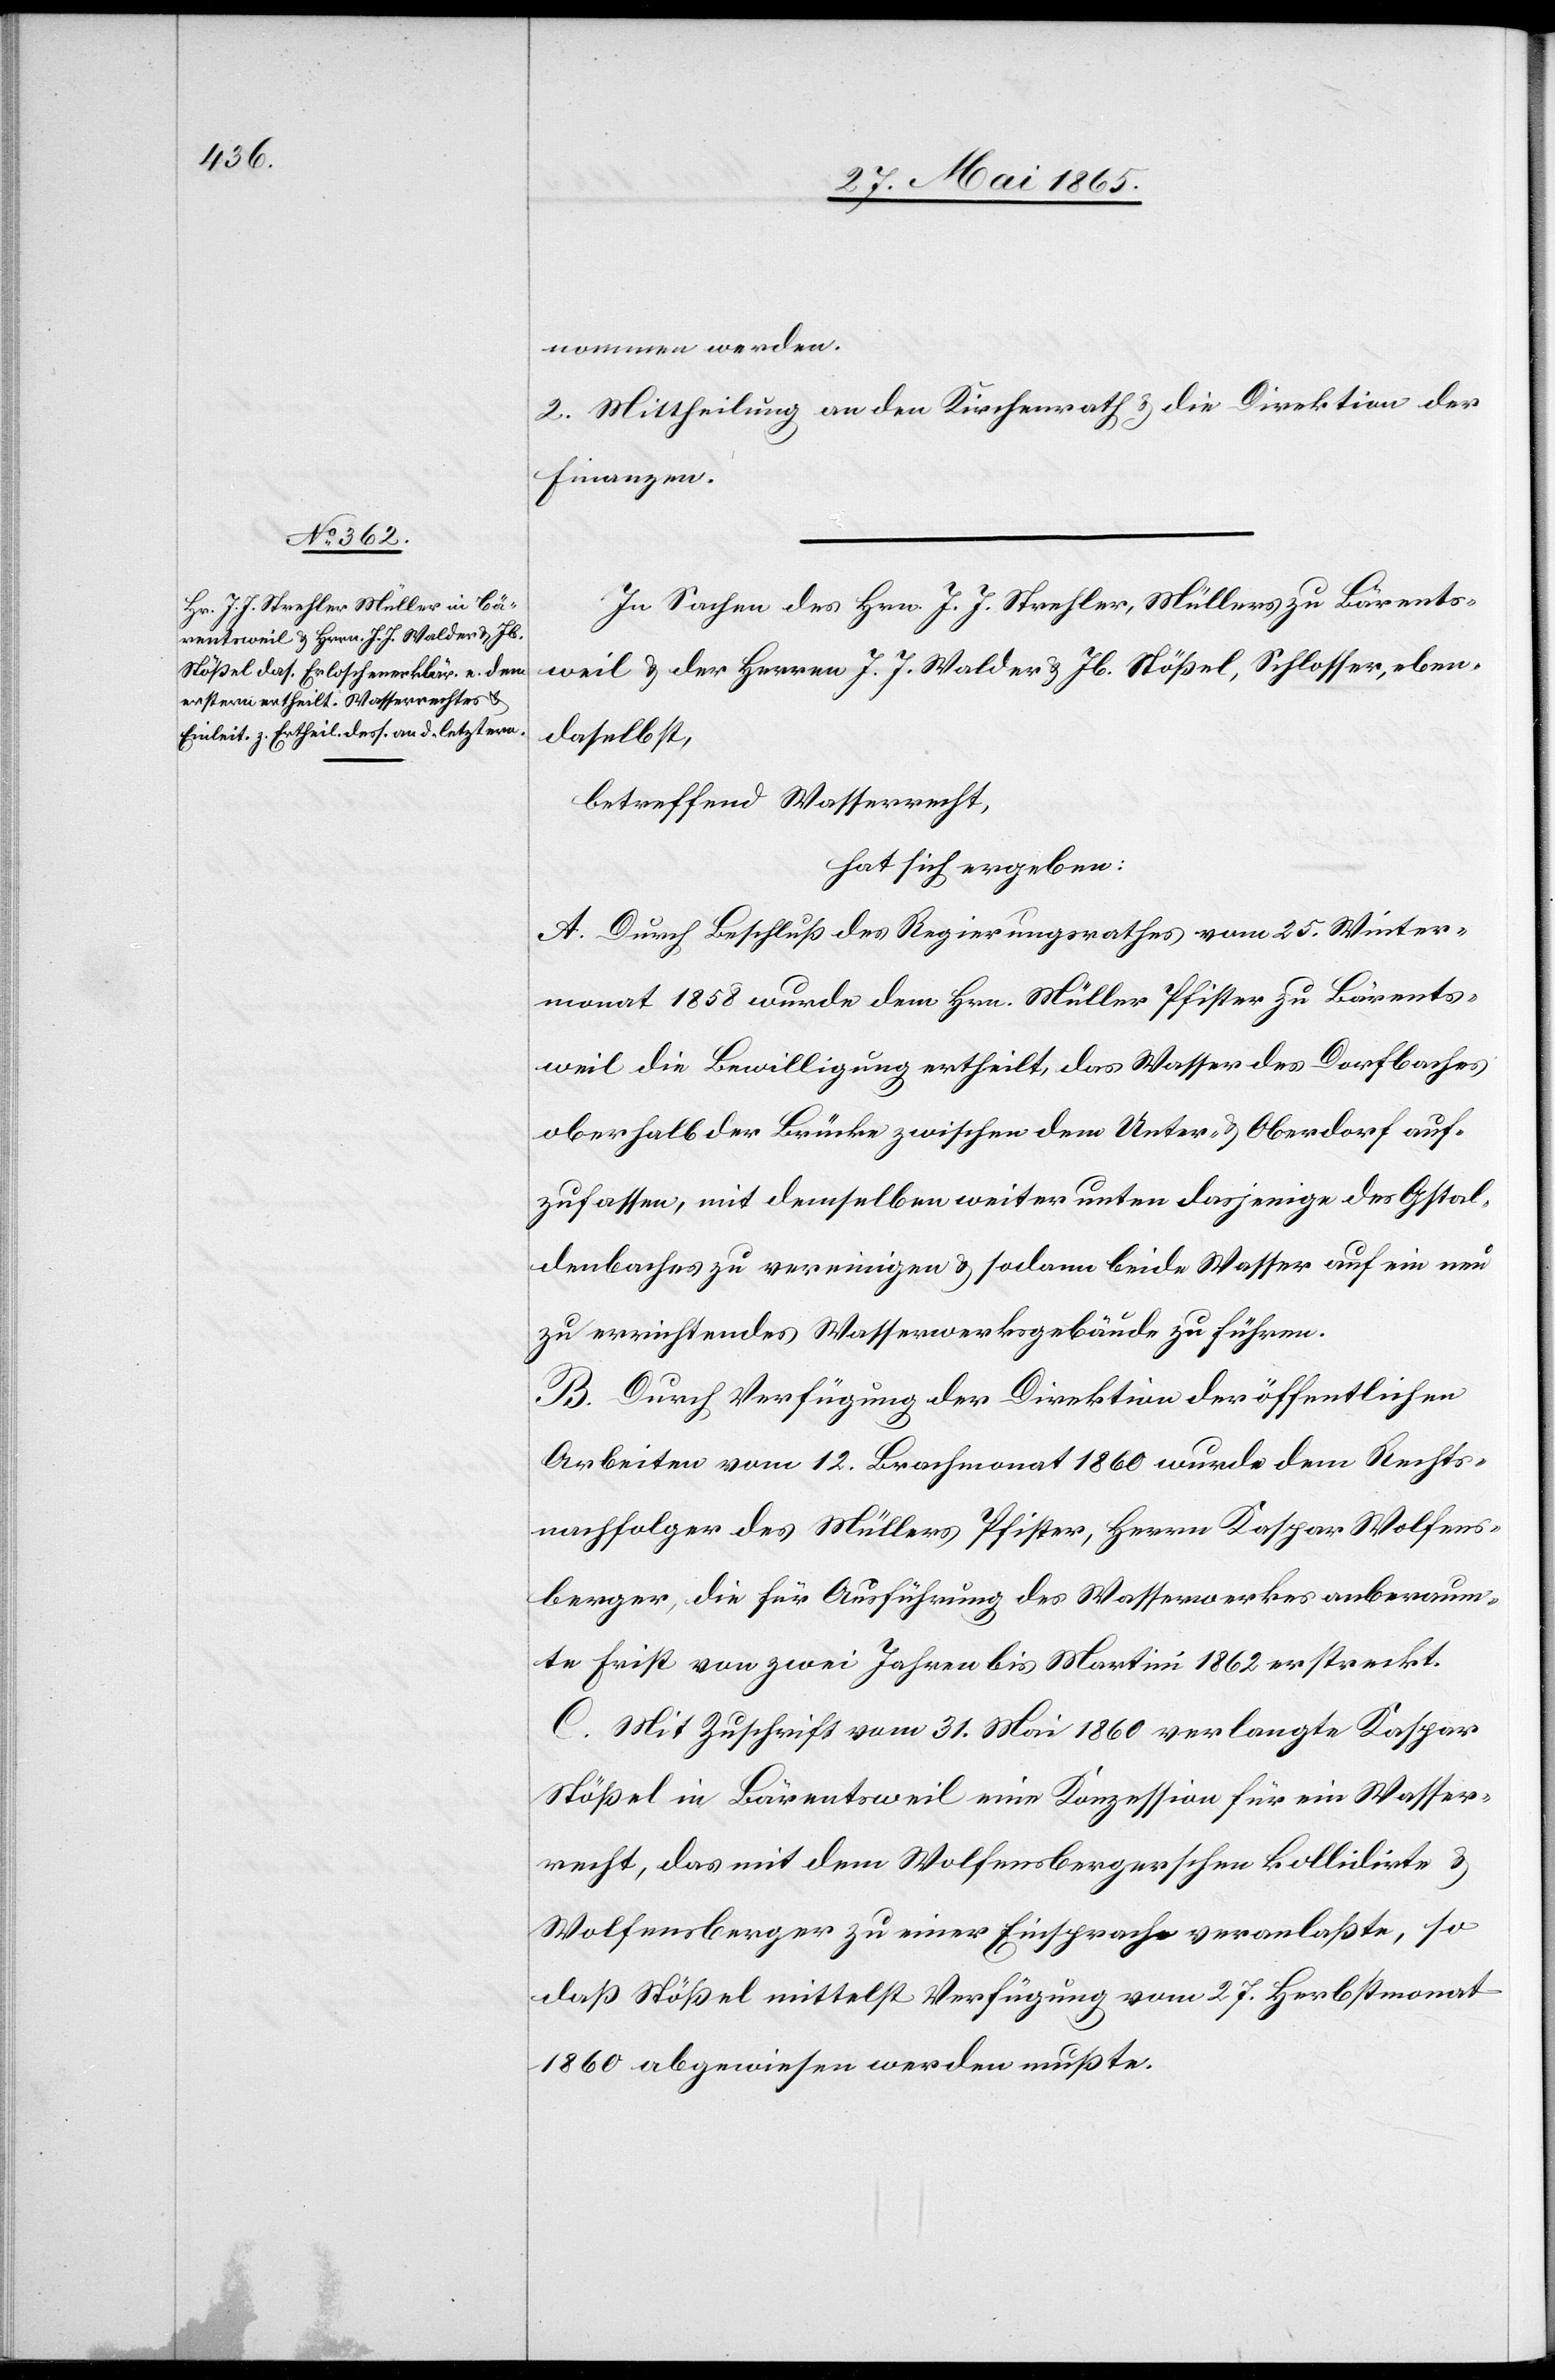
nommen werden.
2. Mittheilung an den Kirchenrath & die Direktion der
Finanzen.
In Sachen des Hrn. J. J. Strehler, Müllers zu Bärents¬
weil & der Herren J. J. Walder & Jb.
ebendaselbst,
betreffend Wasserrecht,
hat sich ergeben:
A. Durch Beschluß des Regierungsrathes vom 25. Winter¬
monat 1858 wurde dem Hrn. Müller Pfister zu Bärents¬
weil die Bewilligung ertheilt, das Wasser des Dorfbaches
oberhalb der Brücke zwischen dem Unter- & Oberdorf auf¬
zufassen, mit demselben weiter unten dasjenige des Gstal¬
denbaches zu vereinigen & sodann beide Wasser auf ein neu
zu errichtendes Wasserwerksgebäude zu führen.
B. Durch Verfügung der Direktion der öffentlichen
Arbeiten vom 12. Brachmonat 1860 wurde dem Rechts¬
nachfolger des Müllers Pfister, Herrn Kaspar Wolfens¬
berger, die für Ausführung des Wasserwerkes anberaum¬
te Frist von zwei Jahren bis Martini 1862 erstreckt.
C. Mit Zuschrift vom 31. Mai 1860 verlangte Kaspar
Stößel in Bärentsweil eine Konzession für ein Wasser¬
recht, das mit dem Wolfensbergerschen kollidirte &
Wolfensberger zu einer Einsprache veranlaßte, so
daß Stößel mittelst Verfügung vom 27. Herbstmonat
1860 abgewiesen werden mußte.